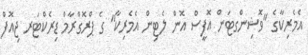
އެމެރިކާގެ "ވޮޝިންގޓަން އޮފީސް އޮން ލެޓިން އެމެރިކާ" ގެ ޕްރޮގްރާމް ޑިރެކްޓަރ ޖިއޮފް